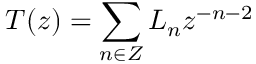
T ( z ) = \sum _ { n \in Z } L _ { n } z ^ { - n - 2 }